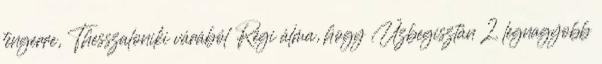
tengerre, Thesszaloniki várából Régi álma, hogy Üzbegisztán 2. legnagyobb